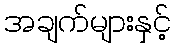
အချက်များနှင့်